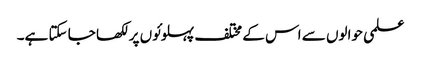
علمی حوالوں سے اس کے مختلف پہلوئوں پر لکھا جا سکتا ہے۔